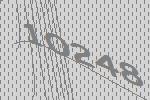
10248